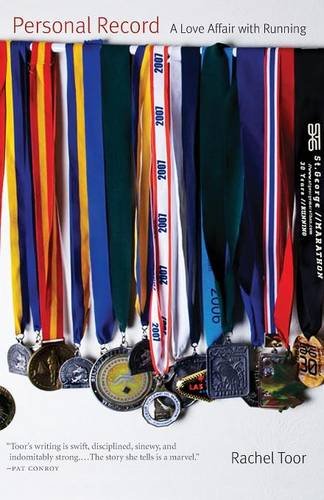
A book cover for Personal Record: A Love Affair with Running; Rachel Toor; Sports & Outdoors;